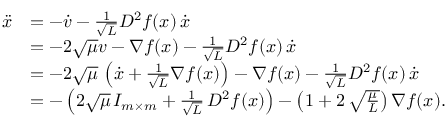
\begin{array} { r l } { \ddot { x } } & { = - \dot { v } - \frac 1 { \sqrt L } D ^ { 2 } f ( x ) \, \dot { x } } \\ & { = - 2 \sqrt \mu v - \nabla f ( x ) - \frac 1 { \sqrt L } D ^ { 2 } f ( x ) \, \dot { x } } \\ & { = - 2 \sqrt \mu \, \left( \dot { x } + \frac 1 { \sqrt L } \nabla f ( x ) \right) - \nabla f ( x ) - \frac 1 { \sqrt L } D ^ { 2 } f ( x ) \, \dot { x } } \\ & { = - \left( 2 \sqrt \mu \, I _ { m \times m } + \frac 1 { \sqrt L } \, D ^ { 2 } f ( x ) \right) - \left( 1 + 2 \, \sqrt { \frac \mu L } \right) \nabla f ( x ) . } \end{array}